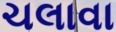
ચલાવા